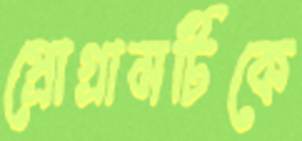
প্রোগ্রামটিকে